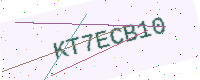
Text: KT7ECB10